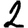
Digit: 2